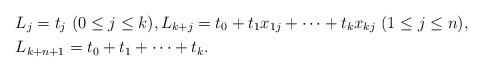
LaTeX: \begin{align*} &L_j=t_j \ (0\le j\le k), L_{k+j}=t_0+t_1x_{1j}+\cdots+t_kx_{kj} \ (1\le j\le n), \\ &L_{k+n+1}=t_0+t_1+\cdots+t_k .\end{align*}